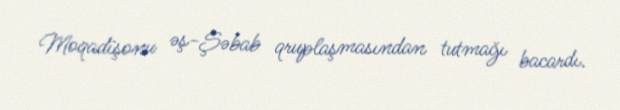
Moqadişonu əş-Şəbab qruplaşmasından tutmağı bacardı.